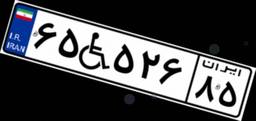
۴۳W۴۹۱۲۹